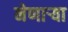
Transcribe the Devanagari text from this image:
नेणाऱ्या